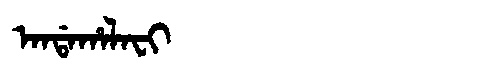
Manchu: ᠠᠨᡩᠠᡥᠠᠯᠠᠸᡳ
Romanization: ANDAHALAFI